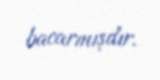
bacarmışdır.